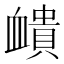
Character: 𧗏